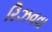
રિઝવવા